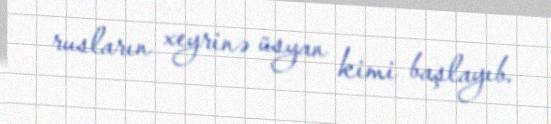
rusların xeyrinə üsyan kimi başlayıb.